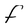
Character: f